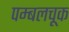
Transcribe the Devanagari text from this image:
पम्बलचूक